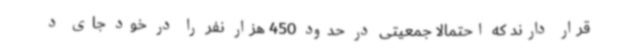
قرار دارند که احتمالا جمعیتی در حدود 450 هزار نفر را در خود جای د